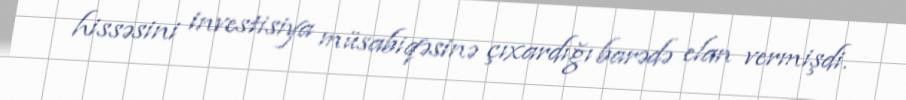
hissəsini investisiya müsabiqəsinə çıxardığı barədə elan vermişdi.